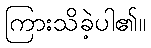
ကြားသိခဲ့ပါ၏။